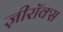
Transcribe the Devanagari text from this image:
ज़ीरॉक्स